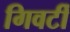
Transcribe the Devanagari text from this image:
गिवर्टी